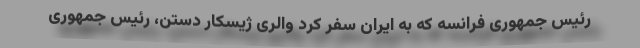
رئیس جمهوری فرانسه که به ایران سفر کرد والری ژیسکار دستن، رئیس جمهوری